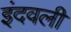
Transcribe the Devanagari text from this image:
इंदवली